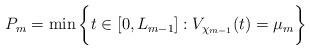
LaTeX: \begin{align*}P_m = \min \bigg\{ t \in [0,L_{m-1}] : V_{\chi_{m-1}}(t)= \mu_m \bigg\}\end{align*}